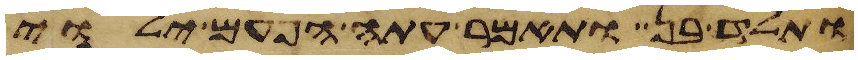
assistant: ותלד בן ותאמר עתה הפעם ילוה